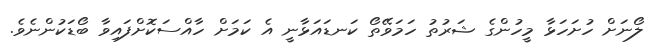
ލޯނަށް ހުށަހަޅާ މީހުންގެ ޝަރުތު ހަމަވޭތޯ ކަނޑައަޅާނީ އެ ކަމަށް ހާއްސަކޮށްފައިވާ ބޯޑަކުންނެވެ.